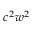
c ^ { 2 } w ^ { 2 }